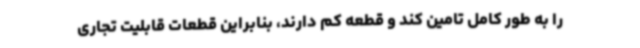
را به طور کامل تامین کند و قطعه کم دارند، بنابراین قطعات قابلیت تجاری